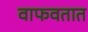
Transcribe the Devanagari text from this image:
वाफवतात